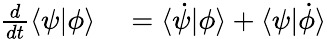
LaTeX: \begin{array}{rl}{\frac{d}{dt}\left\langle\psi|\phi\right\rangle}&{{}=\langle\dot{\psi}|\phi\rangle+\langle\psi|\dot{\phi}\rangle}\end{array}